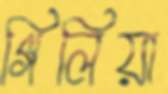
গিলিয়া